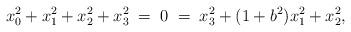
LaTeX: \begin{align*}x_0^2 + x_1^2 + x_2^2 + x_3^2 \;=\; 0 \;=\; x_3^2 + (1+b^2) x_1^2 + x_2^2,\end{align*}